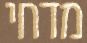
מדחי